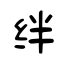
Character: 绊